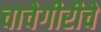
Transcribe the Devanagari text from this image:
चाचेगीरीचे